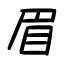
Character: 眉